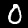
Label: 0